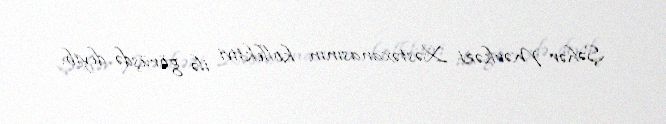
Şəhər Mərkəzi Xəstəxanasının kollektivi ilə görüşdə deyib.